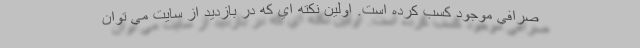
صرافي موجود كسب کرده است. اولين نكته اي كه در بازديد از سايت مي توان